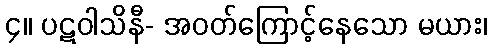
၄။ ပဋဝါသိနီ- အဝတ်ကြောင့်နေသော မယား၊